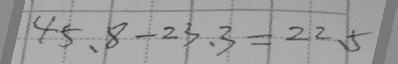
4 5 . 8 - 2 3 . 3 = 2 2 . 5